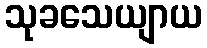
သုခသေယျာယ